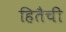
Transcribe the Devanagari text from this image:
हितैची